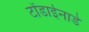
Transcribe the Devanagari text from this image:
टोंडाईनाडे